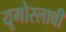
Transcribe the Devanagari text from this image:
यूगोस्लावी